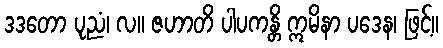
ဒဒတော ပုညံ၊ လ။ ဇဟာတိ ပါပကန္တိ ဣမိနာ ပဒေန၊ ဖြင့်။